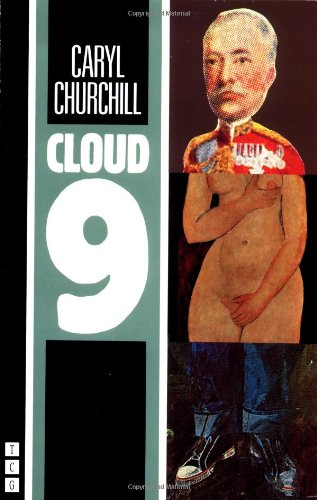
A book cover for Cloud 9; Caryl Churchill; Literature & Fiction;